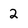
Character: 2